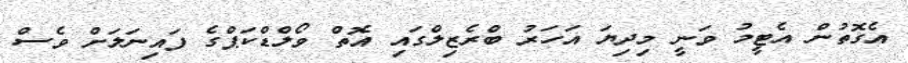
އެގޮތުން އެޓީމު ވަނީ މިދިޔަ އަހަރު ބްރެޒިލްގައި އޮތް ވޯލްޑްކަޕްގެ ފައިނަލަށް ވެސް